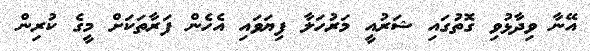
އޭނާ ވިދާޅުވި ގޮތުގައި ޝަރުއީ މަރުހަލާ ފިޔަވައި އެހެން ފަރާތަކަށް މީގެ ކުރިން